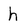
Character: h